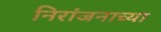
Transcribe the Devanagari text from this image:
निरांजनाच्या